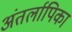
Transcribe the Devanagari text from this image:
अंतर्लापिका